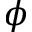
\phi